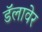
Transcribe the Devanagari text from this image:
डॅलावेर